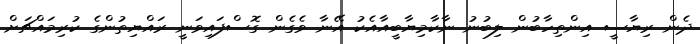
ދެން ރިޔާސީ އިންތިހާބުން ލިބުނު ނާކާމިޔާބީއާއެކު އޭނާ ވެގެން ގޮސްފައިވަނީ ރައްޔިތުންގެ ކުރިމައްޗަށް